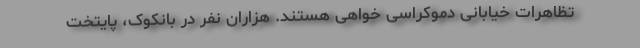
تظاهرات خیابانی دموکراسی خواهی هستند. هزاران نفر در بانکوک، پایتخت